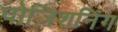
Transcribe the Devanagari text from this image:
पोज़िशनिंग